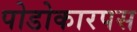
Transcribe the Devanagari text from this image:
पोडोकारपस